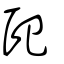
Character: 巸